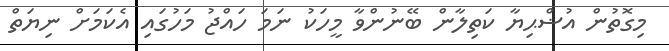
މިގޮތުން އުޟްޙިޔާ ކަތިލާން ބޭނުންވާ މީހަކު ނަމަ ހައްޖު މަހުގައި އެކަމަށް ނިޔަތް